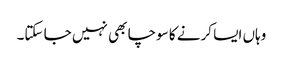
وہاں ایسا کرنے کا سوچا بھی نہیں جا سکتا۔